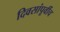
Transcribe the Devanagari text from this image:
दिवसांपूर्वीच